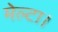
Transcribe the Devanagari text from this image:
मेल्टा।